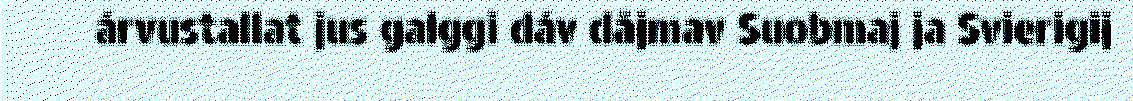
árvustallat jus galggi dáv dåjmav Suobmaj ja Svierigij